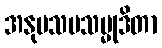
အနုပသမသမ္မုဒိတာ